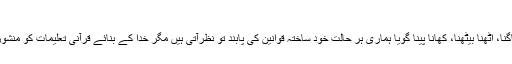
‫نیوز‬ ‫کوڈ‬: 440414
رسا نیوز ایجنسی کی رپورٹ کے مطابق یہ عجیب المیہ ہے کہ ہمارا سونا جاگنا، اٹھنا بیٹھنا، کھانا پینا گویا ہماری ہر حالت خود ساختہ قوانین کی پابند تو نظرآتی ہیں مگر خدا کے بنائے قرآنی تعلیمات کو منشور زندگی بنانے اور اس راہ میں جد و جہد کے بجائیا سے نظرانداز کرتے ہیں۔